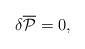
\begin{align*}\delta {\overline {\cal P}} = 0, \end{align*}